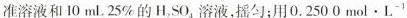
准溶液和10mL25%的H_{2}SO_{4}溶液，摇匀；用0.2500mol·L_{-1}